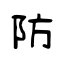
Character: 防